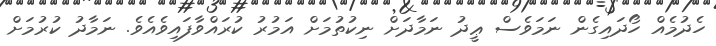
ހެދުމެއް ހޯދައިގެން ނަމަވެސް ޢީދު ނަމާދަށް ނިކުތުމަށް އަމުރު ކުރައްވާފައިވެއެވެ. ނަމާދު ކުރުމަށް